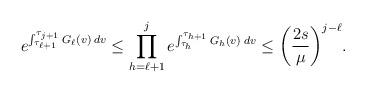
LaTeX: \begin{align*}e^{\int_{\tau_{\ell+1}}^{\tau_{j+1}} G_{\ell}(v) \: dv} \leq \prod_{h=\ell+1}^j e^{\int_{\tau_h}^{\tau_{h+1}} G_h(v) \: dv} \leq \bigg(\frac{2s}{\mu}\bigg)^{j-\ell}.\end{align*}